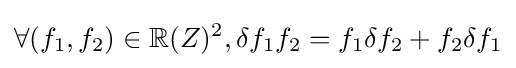
\forall (f_{1},f_{2})\in \mathbb {R} (Z)^{2},\delta f_{1}f_{2}=f_{1}\delta f_{2}+f_{2}\delta f_{1}